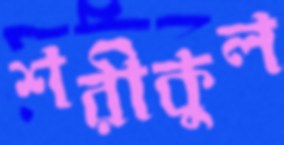
শরীকুল